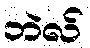
ဘဲလ်